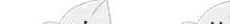
C.动物能把二氧化碳和水制造成有机物